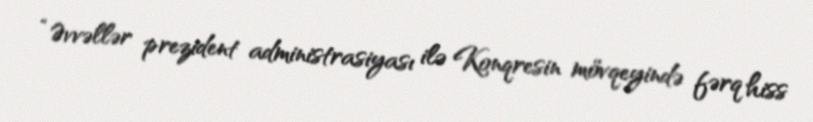
“Əvvəllər prezident administrasiyası ilə Konqresin mövqeyində fərq hiss